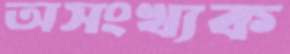
অসংখ্যক